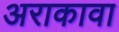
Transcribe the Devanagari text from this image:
अराकावा